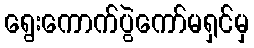
ရွေးကောက်ပွဲကော်မရှင်မှ